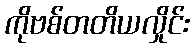
ကိုဗစ်တတိယလှိုင်း